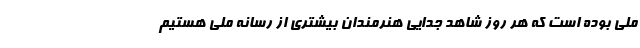
ملی بوده است که هر روز شاهد جدایی هنرمندان بیشتری از رسانه ملی هستیم